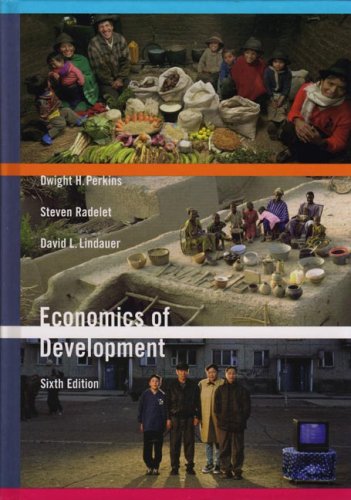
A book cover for Economics of Development (Sixth Edition); Dwight H. Perkins; Business & Money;